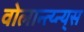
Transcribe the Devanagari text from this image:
वोलान्त्य्न्य्स